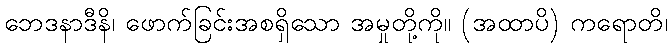
ဘေဒနာဒီနိ၊ ဖောက်ခြင်းအစရှိသော အမှုတို့ကို။ (အထာပိ) ကရောတိ၊